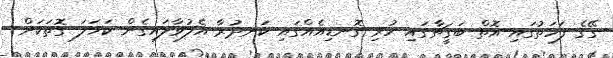
ގޭގެ ފަހަތުގައި އޮތް ބަގީޗާގައި ހުރި ގޮނޑިއެއްގައި ކަނދުރާ އެލުވާލައިގެން ކަހަލަ ގޮތަކަށް